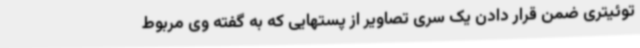
توئیتری ضمن قرار دادن یک سری تصاویر از پستهایی که به گفته وی مربوط